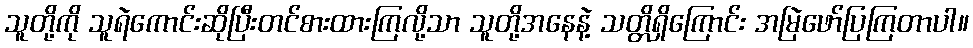
သူတို့ကို သူရဲကောင်းဆိုပြီးတင်စားထားကြလို့သာ သူတို့အနေနဲ့ သတ္တိရှိကြောင်း အမြဲဖော်ပြကြတာပါ။